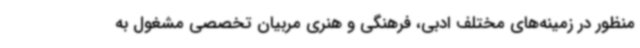
منظور در زمینه‌های مختلف ادبی، فرهنگی و هنری مربیان تخصصی مشغول به